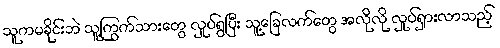
သူကမခိုင်းဘဲ သူ့ကြွက်သားတွေ လှုပ်ရွပြီး သူ့ခြေလက်တွေ အလိုလို လှုပ်ရှားလာသည့်